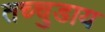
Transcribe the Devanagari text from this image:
तच्चुडाय